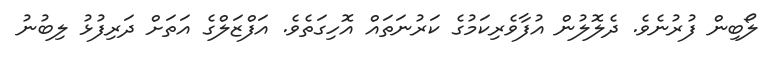
ލޯބިން ފުރުނެވެ. ދެލޮލުން އުފާވެރިކަމުގެ ކަރުނަތައް އޮހިގަތެވެ. އަފްޒަލްގެ އަތަށް ދަރިފުޅު ލިބުނު